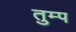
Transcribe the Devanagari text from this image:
तुम्प